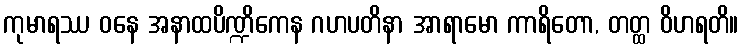
ကုမာရဿ ဝနေ အနာထပိဏ္ဍိကေန ဂဟပတိနာ အာရာမော ကာရိတော, တတ္ထ ဝိဟရတိ။